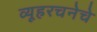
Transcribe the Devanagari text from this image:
व्यूहरचनेचे